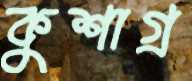
কুশাগ্র